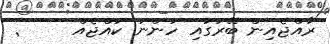
ރާއްޖެއިން ބޭރުގައި ހުންނަ ކުއްޖެއް